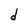
Character: d